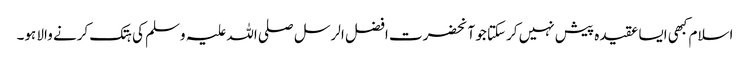
اسلام کبھی ایسا عقیدہ پیش نہیں کرسکتا جو آنحضرت افضل الرسل صلی اللہ علیہ وسلم کی ہتک کرنے والا ہو۔